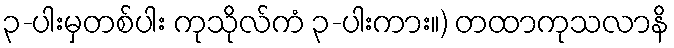
၃-ပါးမှတစ်ပါး ကုသိုလ်ကံ ၃-ပါးကား။) တထာကုသလာနိ